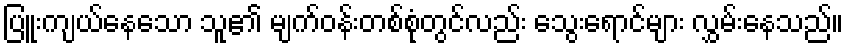
ပြူးကျယ်နေသော သူ၏ မျက်ဝန်းတစ်စုံတွင်လည်း သွေးရောင်များ လွှမ်းနေသည်။